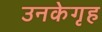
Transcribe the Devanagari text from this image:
उनकेगृह